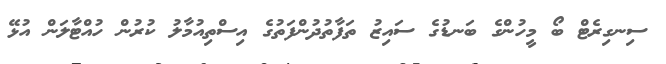
ސިނގިރެޓް ބޯ މީހުންގެ ބަނޑުގެ ސައިޒު ތަފާތުދުންފަތުގެ އިސްތިއުމާލު ކުރުން ހުއްޓާލަން އުޅޭ